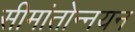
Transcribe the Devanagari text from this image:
सीमांतोन्नयन